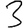
Digit: 3